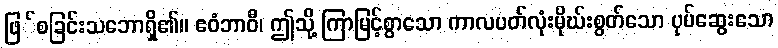
ဖြ်စခြင်းသဘောရှိ၏။ ဧဝံဘာဝီ၊ ဤသို့ ကြာမြင့်စွာသော ကာလပတ်လုံးမိုဃ်းစွတ်သော ပုပ်ဆွေးသော